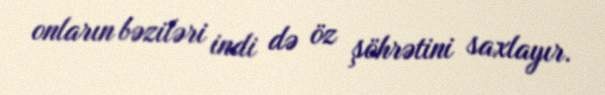
onların bəziləri indi də öz şöhrətini saxlayır.